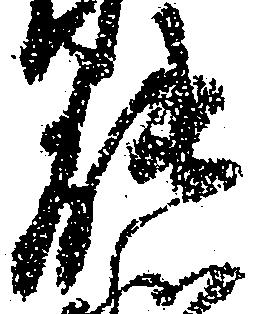
能